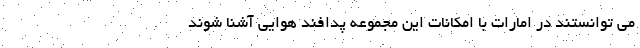
می توانستند در امارات با امکانات این مجموعه پدافند هوایی آشنا شوند